Civil Veterinary Department. Central Provinces & Berar 1932-41 - 1932-1941
Year: 1932
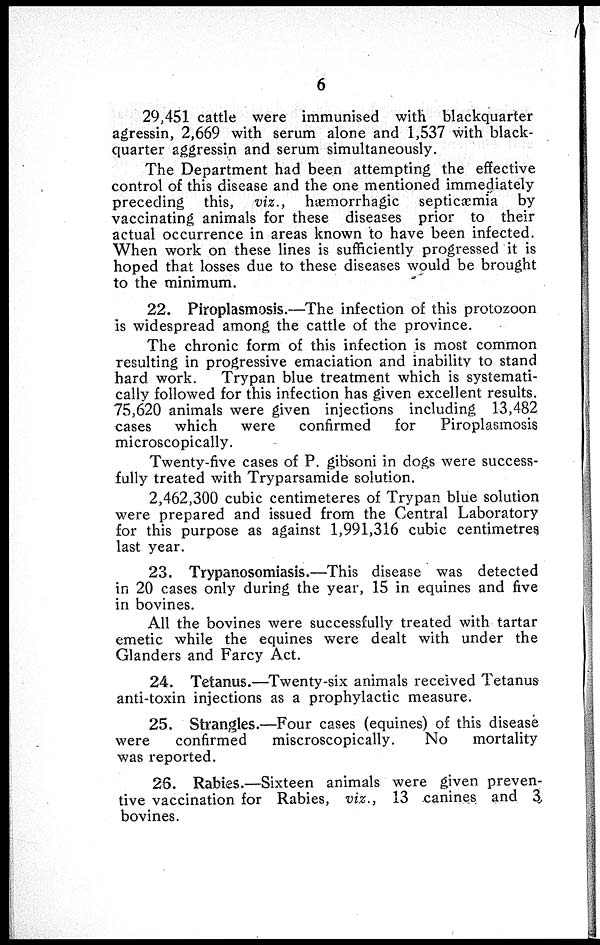
6
29,451 cattle were immunised with blackquarter
agressin, 2,669 with serum alone and 1,537 with black-
quarter aggressin and serum simultaneously.
The Department had been attempting the effective
control of this disease and the one mentioned immediately
preceding this, viz.,
hæmorrhagic septicæmia by
vaccinating animals for these diseases prior to their
actual occurrence in areas known to have been infected.
When work on these lines is sufficiently progressed it is
hoped that losses due to these diseases would be brought
to the minimum.
22. Piroplasmosis.—The infection of this protozoon
is widespread among the cattle of the province.
The chronic form of this infection is most common
resulting in progressive emaciation and inability to stand
hard work.
Trypan blue treatment which is systemati-
cally followed for this infection has given excellent results.
75,620 animals were given injections including 13,482
cases which
were
confirmed
for
Piroplasmosis
microscopically.
Twenty-five cases of P. gibsoni in dogs were success-
fully treated with Tryparsamide solution.
2,462,300 cubic centimeteres of Trypan blue solution
were prepared and issued from the Central Laboratory
for this purpose as against 1,991,316 cubic centimetres
last year.
23. Trypanosomiasis.—This disease was detected
in 20 cases only during the year, 15 in equines and five
in bovines.
All the bovines were successfully treated with tartar
emetic while the equines were dealt with under the
Glanders and Farcy Act.
24. Tetanus.—Twenty-six animals received Tetanus
anti-toxin injections as a prophylactic measure.
25. Strangles.—Four cases (equines) of this disease
were
confirmed
miscroscopically.
No
mortality
was reported.
26. Rabies.—Sixteen animals were given preven-
tive vaccination for Rabies, viz., 13 canines and 3
bovines.